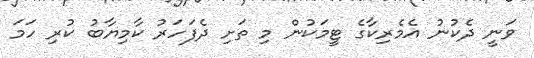
ވަނީ ދެކުނު އެމެރިކާގެ ޓީމަކުން މި ތަށި ދެފަހަރު ކާމިޔާބު ކުރި ހަމަ